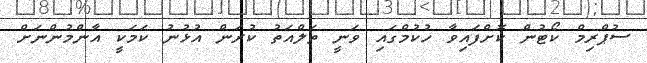
ސުޕްރިމް ކޯޓުން ކޮށްފައިވާ ހުކުމްގައި ވަނީ ތަލްއަތު ކުރަން އުޅުނު ކަމަކީ އާންމުންނަށް